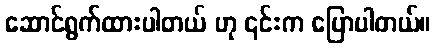
ဆောင်ရွက်ထားပါတယ် ဟု ၎င်းက ပြောပါတယ်။